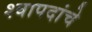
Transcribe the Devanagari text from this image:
श्वापदांचे